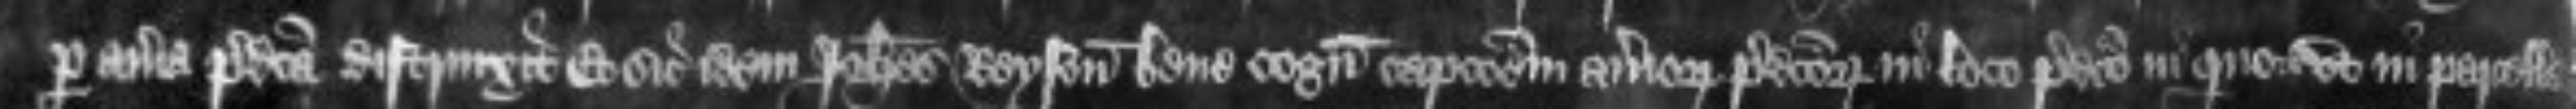
per averia predicta distrinxit Et sic idem Johannes Reyson bene cognoscit capcionem averiorum predictorum in loco predicto in quo etc ut in parcella